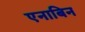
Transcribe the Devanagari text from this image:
एनाबिन